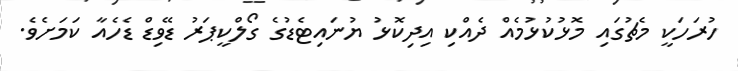
ހުރަހަކީ މެޗުގައި މޮޅުކުޅުމެއް ދެއްކި އިދިކޮޅު ޔުނައިޓެޑުގެ ގޯލްކީޕަރު ޑޭވިޑް ޑެހެއާ ކަމަށެވެ.